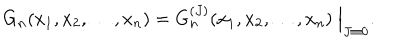
G _ { n } ( x _ { 1 } , x _ { 2 } , \dots , x _ { n } ) = G _ { n } ^ { ( J ) } ( x _ { 1 } , x _ { 2 } , \dots , x _ { n } ) \Bigm | _ { J \equiv 0 } .